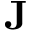
\mathbf { J }